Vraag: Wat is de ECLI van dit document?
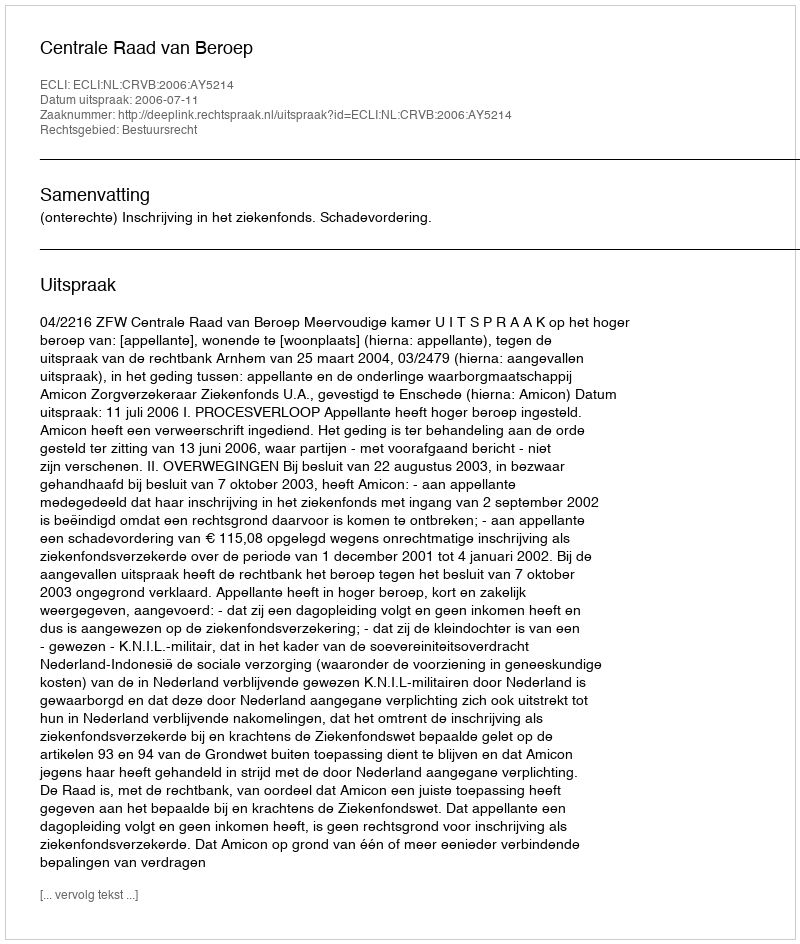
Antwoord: ECLI:NL:CRVB:2006:AY5214